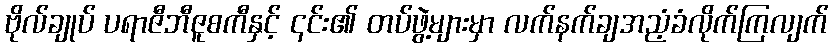
ဗိုလ်ချုပ် ပရာဇီဘီဇူစကီနှင့် ၎င်း၏ တပ်ဖွဲ့များမှာ လက်နက်ချအညံ့ခံလိုက်ကြလျက်